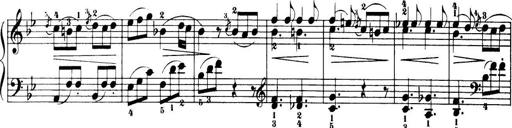
Title: 32 Sonatinas and Rondos for the Piano
Composer: Richard Kleinmichel